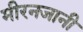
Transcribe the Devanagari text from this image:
मीरनजानी